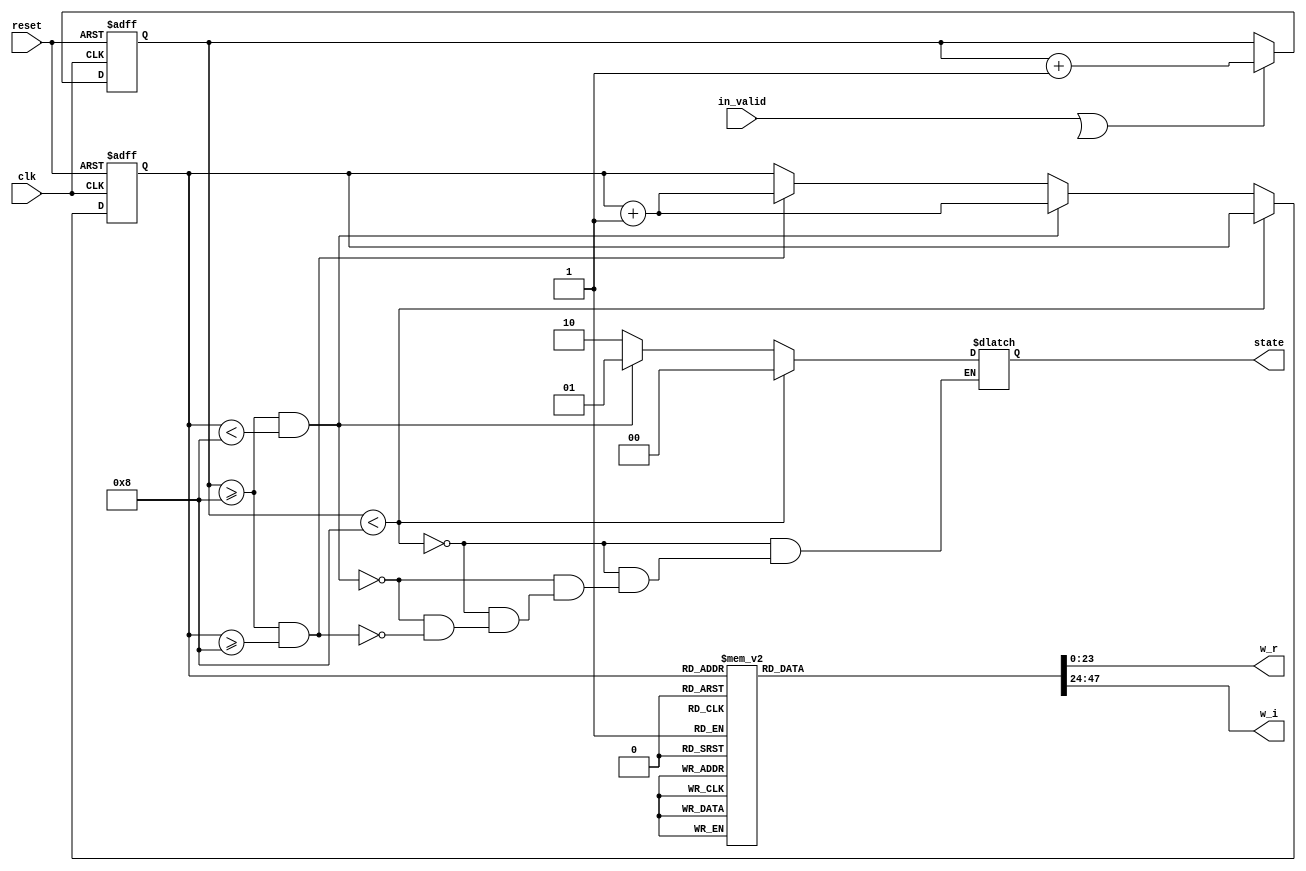
// --------------------------------------------------------------------
// >>>>>>>>>>>>>>>>>>>>>>>>> COPYRIGHT NOTICE <<<<<<<<<<<<<<<<<<<<<<<<<
// --------------------------------------------------------------------
// Github: https://github.com/abdelazeem201
// Description: ROM_8 module
// Dependencies: 
// Since: 2021-12-20 17:17:12
// LastEditors:  2021-12-20 17:17:12
// ********************************************************************
// Module Function
module ROM_8(
		input wire clk,
		input wire in_valid,
		input wire reset,
		output reg [23:0] w_r,
		output reg [23:0] w_i,
		output reg[1:0] state
	);

	reg valid,next_valid;
	reg [5:0] count,next_count;
	reg [3:0] s_count,next_s_count;

	always@(posedge clk or posedge reset)begin
		if(reset)begin
			count <= 0;
			s_count <= 0;
		end
		else begin
			count <= next_count;
			s_count <= next_s_count;
		end
	end
	
	always @(*) begin
		if(in_valid || valid)
		begin 
			next_count = count + 1;
			next_s_count = s_count;
		end
		else begin
			next_count = count;
			next_s_count = s_count;  
		end
		
		if (count<6'd8) 
			state = 2'd0;
		else if (count >= 6'd8 && s_count < 4'd8)begin
			state = 2'd1;
			next_s_count = s_count + 1;
		end
		else if (count >= 6'd8 && s_count >= 4'd8)begin
			state = 2'd2;
			next_s_count = s_count + 1;
		end
		case(s_count)
		4'd8: begin
			w_r = 24'b 00000000_00000001_00000000;
			w_i = 24'b 00000000_00000000_00000000;
			end
		4'd9: begin
			w_r = 24'b 00000000_00000000_11101101;
			w_i = 24'b 11111111_11111111_10011110;
			end
		4'd10: begin
			w_r = 24'b 00000000_00000000_10110101;
			w_i = 24'b 11111111_11111111_01001011;
			end
		4'd11: begin
			w_r = 24'b 00000000_00000000_01100010;
			w_i = 24'b 11111111_11111111_00010011;
			end
		4'd12: begin
			w_r = 24'b 00000000_00000000_00000000;
			w_i = 24'b 11111111_11111111_00000000;
			end
		4'd13: begin
			w_r = 24'b 11111111_11111111_10011110;
			w_i = 24'b 11111111_11111111_00010011;
			end
		4'd14: begin
			w_r = 24'b 11111111_11111111_01001011;
			w_i = 24'b 11111111_11111111_01001011;
			end
		4'd15: begin
			w_r = 24'b 11111111_11111111_00010011;
			w_i = 24'b 11111111_11111111_10011110;
			end
		default: begin
			w_r = 24'b 00000000_00000001_00000000;
			w_i = 24'b 00000000_00000000_00000000;
			end
		endcase
	end	
endmodule